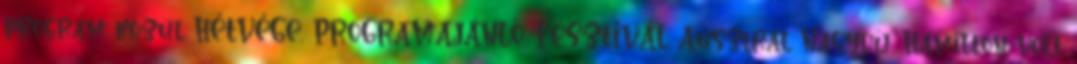
program közül HÉTVÉGE, PROGRAMAJÁNLÓ, FESZTIVÁL Ausztrál Nagydíj: Hamilton volt